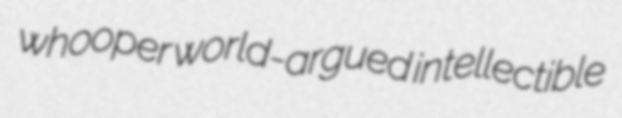
whooper world-argued intellectible